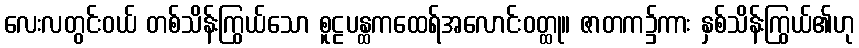
လေးလတွင်းဝယ် တစ်သိန်းကြွယ်သော စူဠပန္ထကထေရ်အလောင်းဝတ္ထု။ ဇာတက၌ကား နှစ်သိန်းကြွယ်၏ဟု